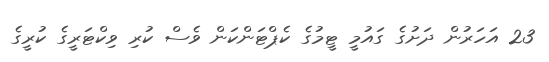
23 އަހަރުން ދަށުގެ ގައުމީ ޓީމުގެ ކެޕްޓަންކަން ވެސް ކުރި ވިކްޓަރީގެ ކުރީގެ